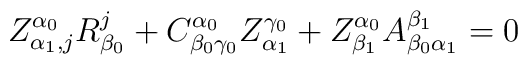
Z^{\alpha_{0}}_{\alpha_{1},j}R^{j}_{\beta_{0}}+C^{\alpha_{0}}_{\beta_{0}\gamma_{0}}Z^{\gamma_{0}}_{\alpha_{1}}+Z^{\alpha_{0}}_{\beta_{1}}A^{\beta_{1}}_{\beta_{0}\alpha_{1}}=0